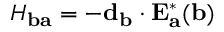
H _ { \mathbf { b a } } = - \mathbf { d } _ { \mathbf { b } } \cdot \mathbf { E } _ { \mathbf { a } } ^ { \ast } ( \mathbf { b } )